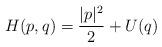
LaTeX: \begin{align*} H(p,q)=\frac{|p|^2}{2} + U(q)\end{align*}